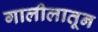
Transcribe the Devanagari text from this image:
गालीलातून